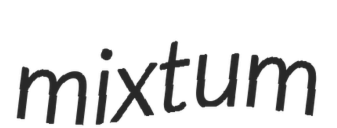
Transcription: mixtum